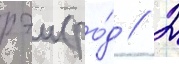
рэи (ро́д // 2